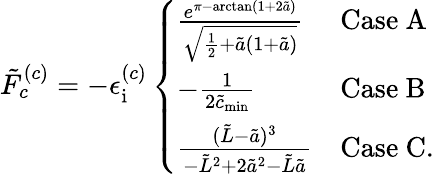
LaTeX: \tilde{F}_{c}^{(c)}=-\epsilon_{\mathrm{i}}^{(c)}\left\{ \begin{array}{ll}{\frac{e^{\pi-\arctan(1+2\tilde{a})}}{\sqrt{\frac{1}{2}+\tilde{a}(1+\tilde{a})}}}&{\mathrm{Case~A}}\\ {-\frac{1}{2\tilde{c}_{\mathrm{min}}}}&{\mathrm{Case~B}}\\ {\frac{(\tilde{L}-\tilde{a})^{3}}{-\tilde{L}^{2}+2\tilde{a}^{2}-\tilde{L}\tilde{a}}}&{\mathrm{Case~C.}}\end{array}\right.